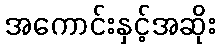
အကောင်းနှင့်အဆိုး